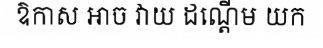
ឱកាស អាច វាយ ដណ្តើម យក